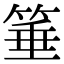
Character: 箠